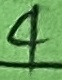
Text: 4